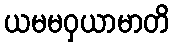
ယမမဝှယာမာတိ